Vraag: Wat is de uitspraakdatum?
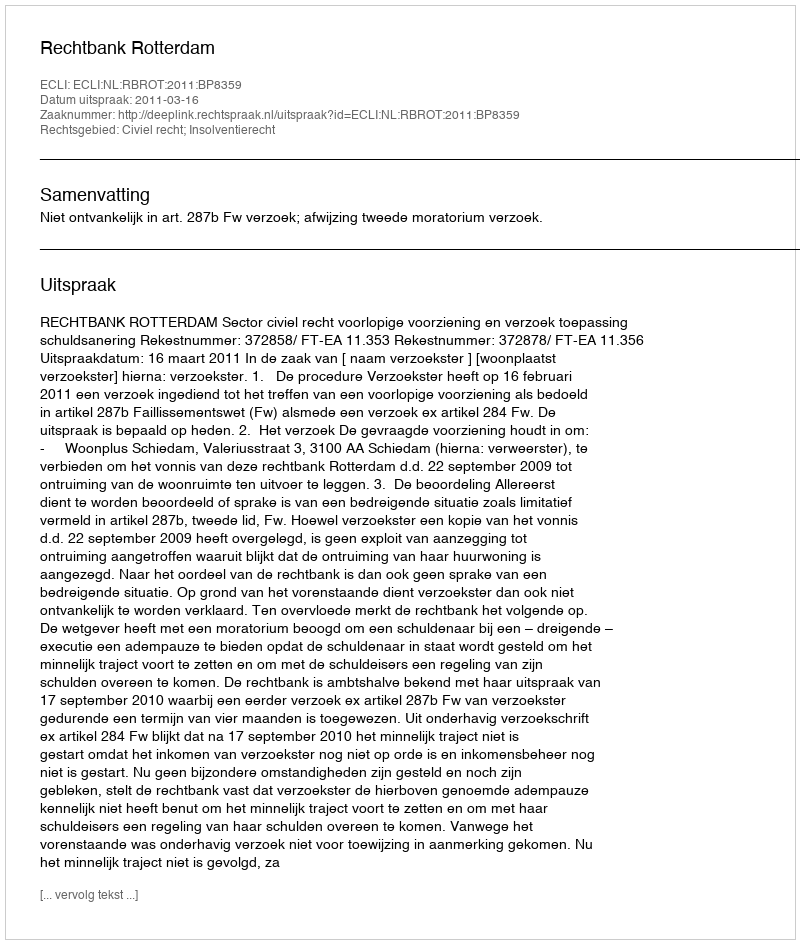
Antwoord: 2011-03-16